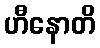
ဟီနောတိ